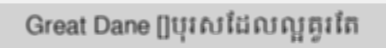
Great Dane []បុរសដែលល្អគួរតែ